Vaccination in Bombay 1856-1862 - 1856-1862
Year: 1856
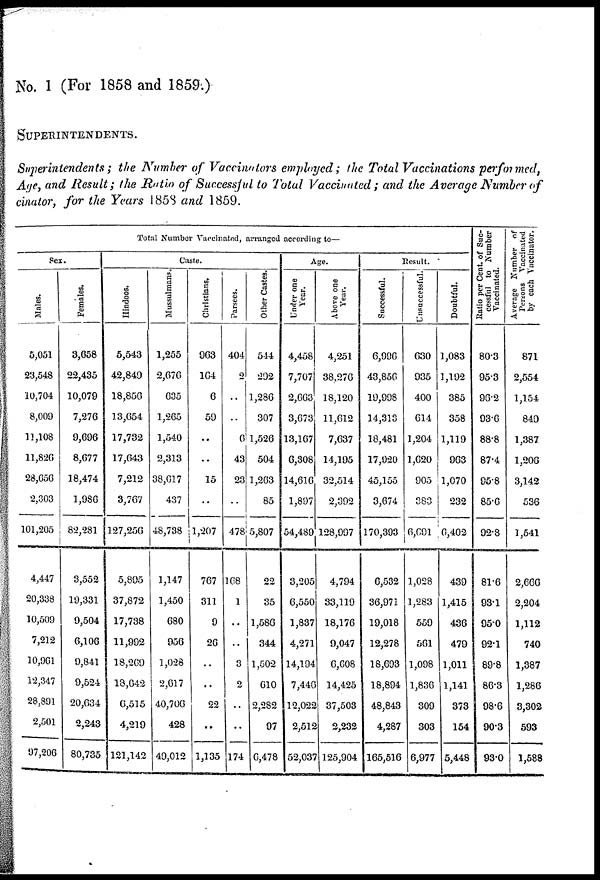
No. 1 (For 1858 and 1859.)
SUPERINTENDENTS.
Superintendents; the Number of Vaccinators employed; the Total Vaccinations performed,
Age, and Result; the Ratio of Successful to Total Vaccinated; and the Average Number of
cinator, for the Years 1858 and 1859.
Total Number Vaccinated, arranged according to—
Sex.
Males.
5,051
23,548
10,704
8,009
11,108
11,826
28,656
2,303
101,205
4,447
20,338
10,509
7,212
10,961
12,347
28,891
2,501
97,206
Females.
3,658
22,435
10,079
7,276
9,696
8,677
18,474
1,986
82,281
3,552
19,331
9,504
6,106
9,841
9,524
20,634
2,243
80,735
Caste.
Hindoos.
5,543
42,849
18,856
13,654
17,732
17,643
7,212
3,767
127,256
5,895
37,872
17,738
11,992
18,269
18,042
6,515
4,219
121,142
Mussulmans.
1,255
2,676
635
1,265
1,540
2,313
38,617
437
48,738
1,147
1,450
680
956
1,028
2,617
40,706
428
49,012
Christians.
963
164
6
59
..
..
15
..
1,207
767
311
9
26
..
..
22
..
1,135
Parsees.
404
2
..
..
6
43
23
..
478
168
1
..
..
3
2
..
..
174
Other Castes.
544
292
1,286
307
1,526
504
1,263
85
5,807
22
35
1,586
344
1,502
610
2,282
97
6,478
Age.
Under one
Year.
4,458
7,707
2,663
3,673
13,167
6,308
14,616
1,897
54,489
3,205
6,550
1,837
4,271
14,194
7,446
12,022
2,512
52,037
Above one
Year.
4,251
38,276
18,120
11,612
7,637
14,195
32,514
2,392
128,997
4,794
33,119
18,176
9,047
6,608
14,425
37,503
2,232
125,904
Result.
Successful.
6,996
43,856
19,998
14,313
18,481
17,920
45,155
3,674
170,393
6,532
36,971
19,018
12,278
18,693
18,894
48,843
4,287
165,516
Unsuccessful.
630
935
400
614
1,204
1,620
905
383
6,691
1,028
1,283
559
561
1,098
1,836
309
303
6,977
Doubtful.
1,083
1,192
385
358
1,119
963
1,070
232
6,402
439
1,415
436
479
1,011
1,141
373
154
5,448
Ratio per Cent. of Suc-
cessful to Number
Vaccinated.
80.3
95.3
96.2
93.6
88.8
87.4
95.8
85.6
92.8
81.6
93.1
95.0
92.1
89.8
86.3
98.6
90.3
93.0
Average Number of
Persons Vaccinated
by each Vaccinator.
871
2,554
1,154
849
1,387
1,206
3,142
536
1,541
2,666
2,204
1,112
740
1,387
1,286
3,302
593
1,588